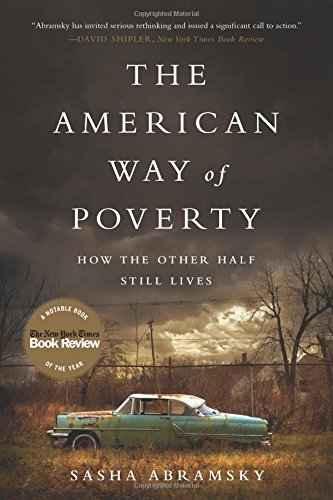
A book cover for The American Way of Poverty: How the Other Half Still Lives; Sasha Abramsky; Business & Money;